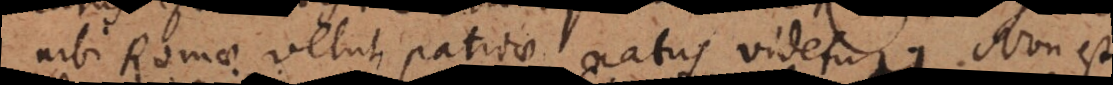
urbi Romae velut patriae natus videtur. Non est